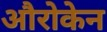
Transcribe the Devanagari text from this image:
औरोकेन